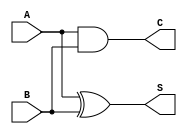
module half_adder(output S, C, input A, B);
	xor sum(S,A,B);
	and carry(C,A,B);
endmodule